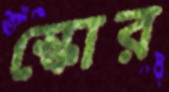
স্কোর